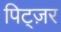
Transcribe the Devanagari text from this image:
पिट्ज़र